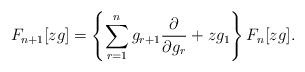
\begin{align*}F_{n+1}[zg]= \left\{ \sum_{r=1}^n g_{r+1} \frac{\partial}{\partial g_r}+zg_1 \right\} F_n[zg]. \end{align*}